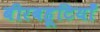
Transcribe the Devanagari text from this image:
बीरबहूटियाँ